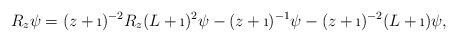
LaTeX: \begin{align*}R_z\psi = (z+\i)^{-2} R_z(L+\i)^2\psi -(z+\i)^{-1}\psi - (z+\i)^{-2}(L+\i)\psi,\end{align*}